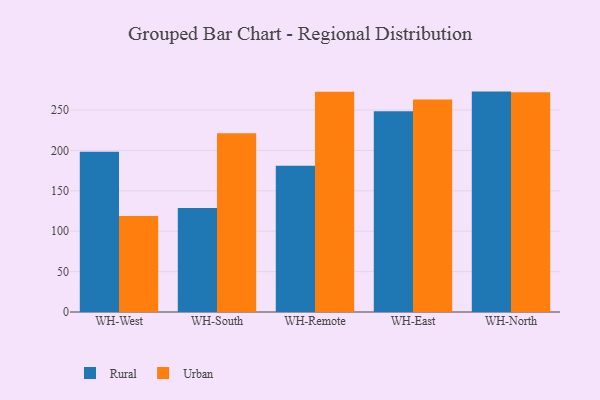
{"axis": {"x": "Warehouse", "y": "Temperature (°C)"}, "legend": ["Rural", "Urban"], "data": [{"x": "WH-West", "y": 198.3, "type": "Rural"}, {"x": "WH-West", "y": 118.8, "type": "Urban"}, {"x": "WH-South", "y": 128.8, "type": "Rural"}, {"x": "WH-South", "y": 221.4, "type": "Urban"}, {"x": "WH-Remote", "y": 181.1, "type": "Rural"}, {"x": "WH-Remote", "y": 272.7, "type": "Urban"}, {"x": "WH-East", "y": 248.6, "type": "Rural"}, {"x": "WH-East", "y": 263.1, "type": "Urban"}, {"x": "WH-North", "y": 272.8, "type": "Rural"}, {"x": "WH-North", "y": 272.0, "type": "Urban"}]}